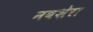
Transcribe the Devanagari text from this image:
नवशेरा